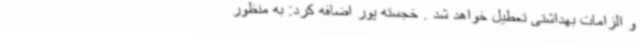
و الزامات بهداشتی تعطیل خواهد شد . خجسته پور اضافه کرد: به منظور